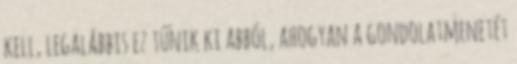
kell, legalábbis ez tűnik ki abból, ahogyan a gondolatmenetét